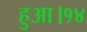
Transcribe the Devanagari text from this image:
हुआ।१४